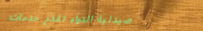
صيدلية الدواء تقدم خدمات